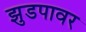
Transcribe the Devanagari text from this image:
झुडपावर